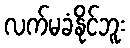
လက်မခံနိုင်ဘူး